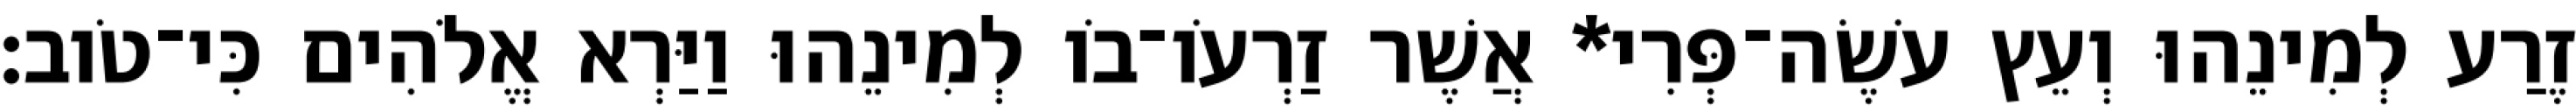
זֶרַע לְמִינֵהוּ וְעֵץ עֹשֶׂה־פְּרִי* אֲשֶׁר זַרְעֹו־בֹו לְמִינֵהוּ וַיַּרְא אֱלֹהִים כִּי־טֹוב׃